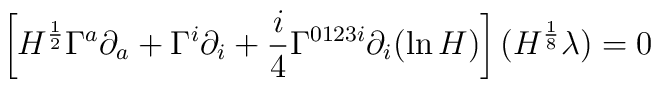
\left[ H^{\frac{1}{2}}\Gamma^a\partial_a+\Gamma^i\partial_i      +\frac{i}{4}\Gamma^{0123i}\partial_i(\ln H)\right](H^{\frac{1}{8}}\lambda)=0